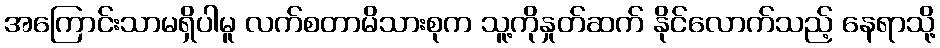
အကြောင်းသာမရှိပါမူ လက်စတာမိသားစုက သူ့ကိုနှုတ်ဆက် နိုင်လောက်သည့် နေရာသို့